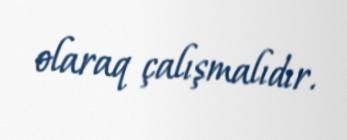
olaraq çalışmalıdır.